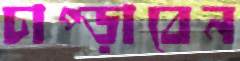
চাপ্‌ড়াবেন